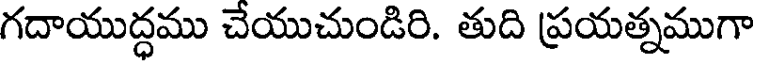
గదాయుద్ధము చేయుచుండిరి. తుది ప్రయత్నముగా